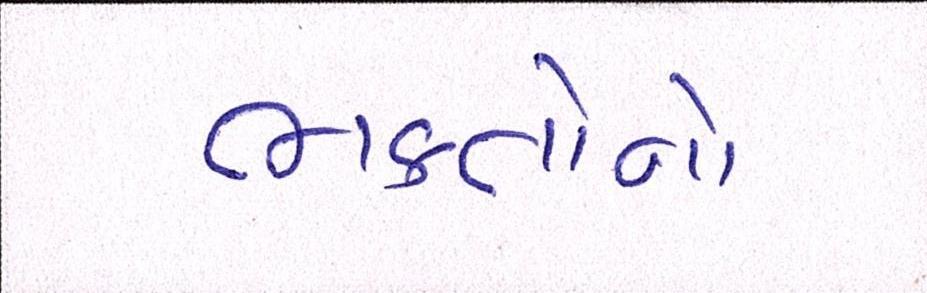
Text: ભક્તોનો